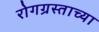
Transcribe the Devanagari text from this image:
रोगग्रस्ताच्या